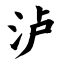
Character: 泸